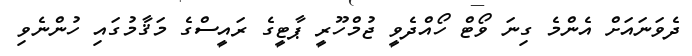
ދެވަނައަށް އެންމެ ގިނަ ވޯޓް ހޯއްދެވީ ޖުމްހޫރީ ޕާޓީގެ ރައީސްގެ މަޤާމުގައި ހުންނެވި